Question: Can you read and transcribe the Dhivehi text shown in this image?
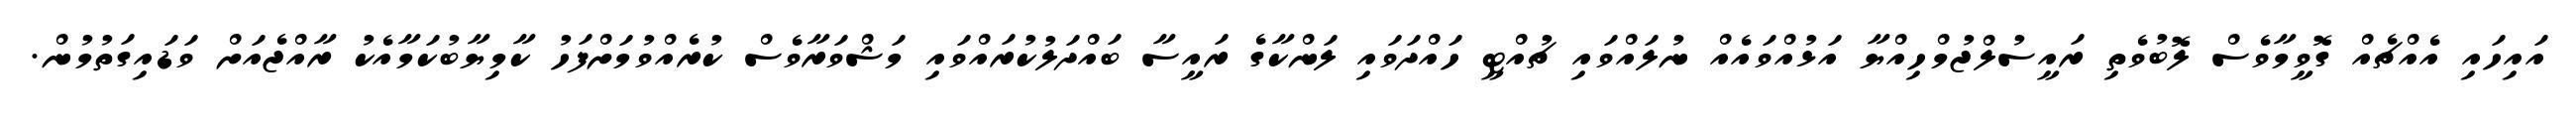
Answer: އައިހައި އެއްޗެއް ގޮވީމާވެސް ލޮބުވެތި ރައީސުލްޖުމްހިއްޔާ އަޅުއްވައެއް ނުލައްވައި ޗުއްޓީ ހައްދަވައި ލަންކާގެ ރައީސާ ބައްދަލުކުރައްވައި މަޝްވަރާވެސް ކުރެއްވުމަށްފަހު ކާމިޔާބުކަމާއެކު ރާއްޖެއަށް ވަޑައިގަތުމުން.